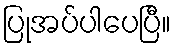
ပြုအပ်ပါပေပြီ။